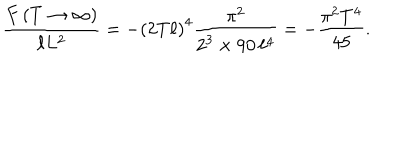
\frac { F \left( T \to \infty \right) } { \ell L ^ { 2 } } = - \left( 2 T \ell \right) ^ { 4 } \frac { \pi ^ { 2 } } { 2 ^ { 3 } \times 9 0 \, \ell ^ { 4 } } = - \frac { \pi ^ { 2 } T ^ { 4 } } { 4 5 } .